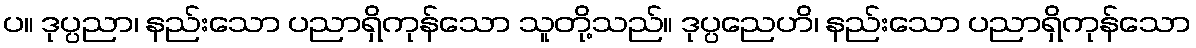
ပ။ ဒုပ္ပညာ၊ နည်းသော ပညာရှိကုန်သော သူတို့သည်။ ဒုပ္ပညေဟိ၊ နည်းသော ပညာရှိကုန်သော